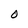
Character: O